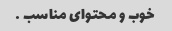
خوب و محتوای مناسب …